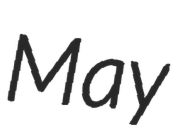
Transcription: May